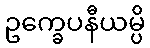
ဥက္ခေပနီယမ္ပိ